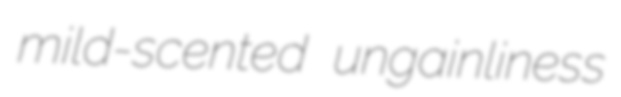
mild-scented ungainliness